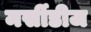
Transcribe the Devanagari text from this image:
मर्सीडीज